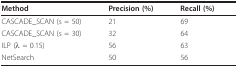
<table><thead><tr><td><b>Method</b></td><td><b>Precision (%)</b></td><td><b>Recall (%)</b></td></tr></thead><tbody><tr><td>CASCADE_SCAN (s = 50)</td><td>21</td><td>69</td></tr><tr><td>CASCADE_SCAN (s = 30)</td><td>32</td><td>64</td></tr><tr><td>ILP (λ = 0.15)</td><td>56</td><td>63</td></tr><tr><td>NetSearch</td><td>50</td><td>56</td></tr></tbody></table>